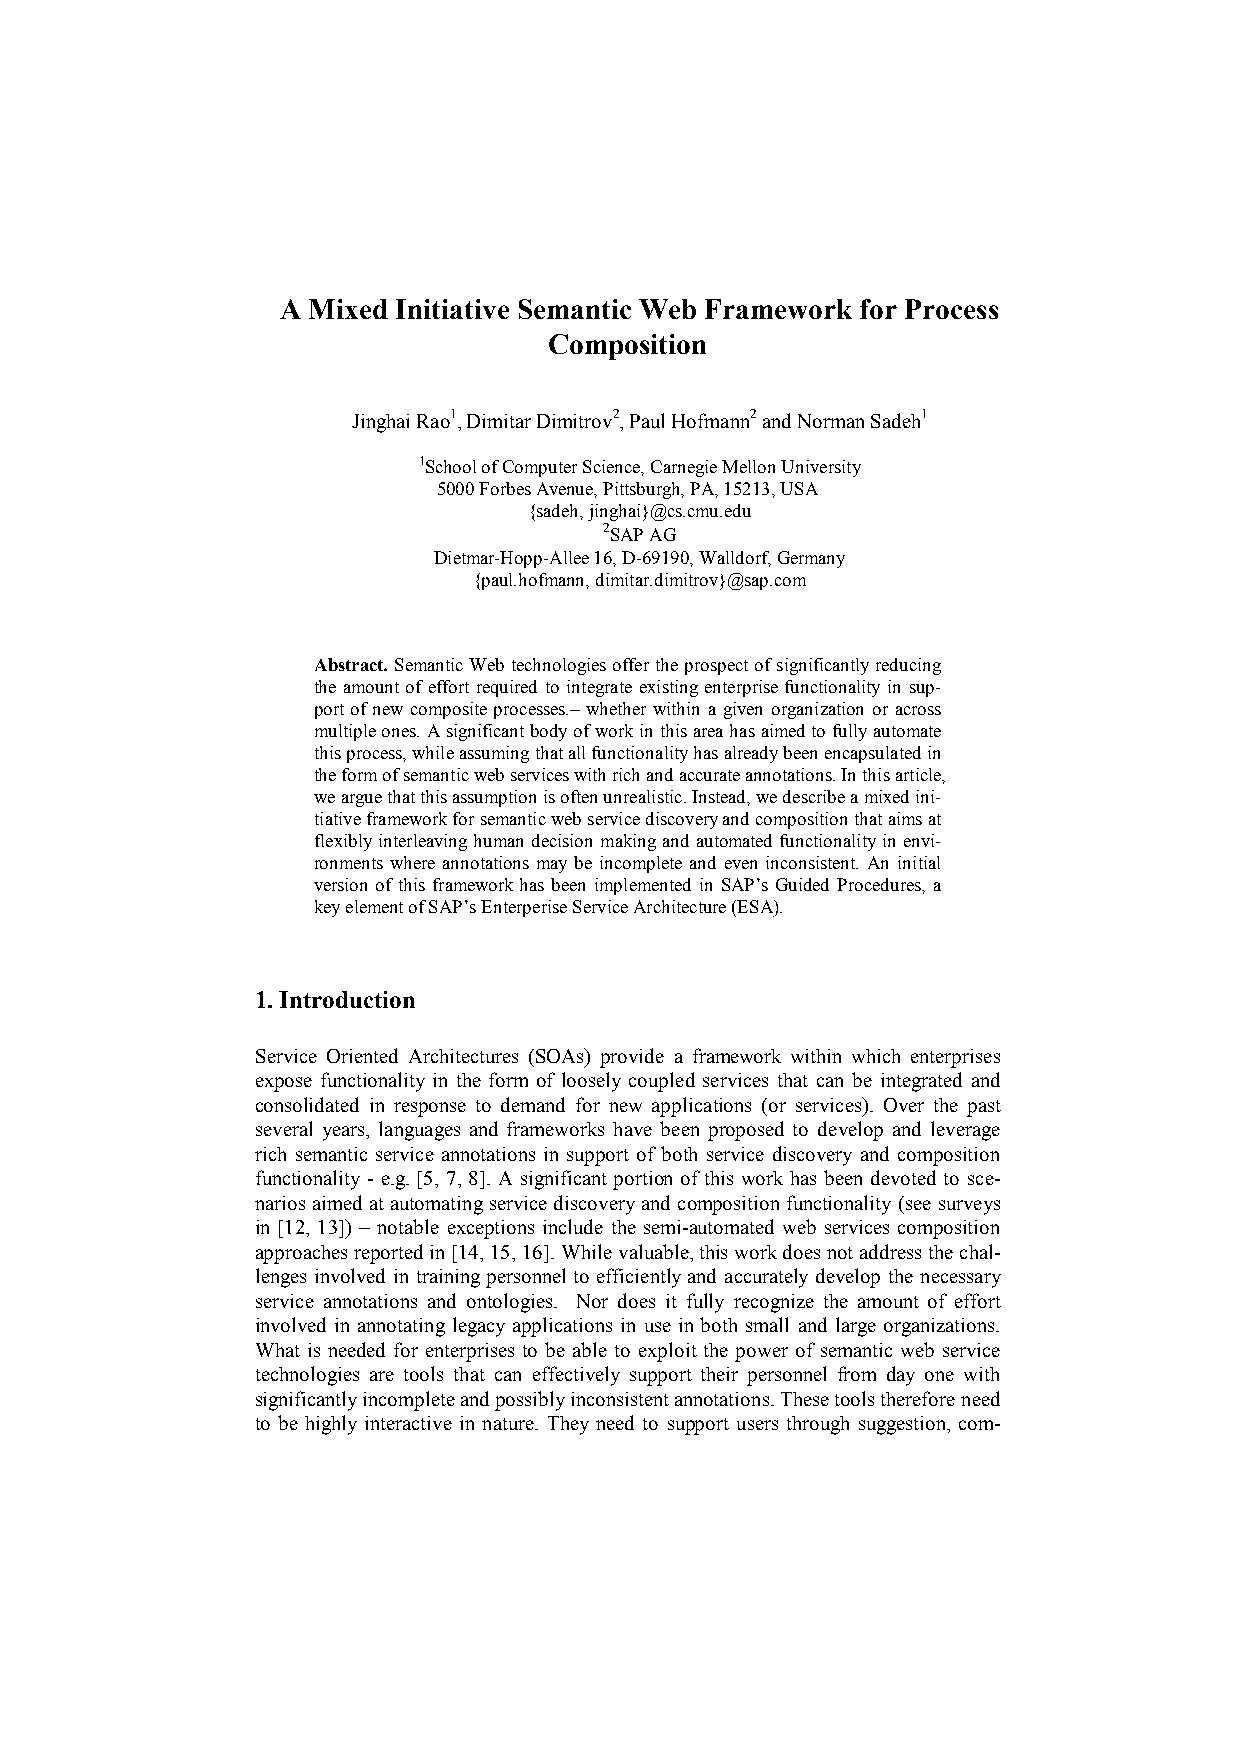
A Mixed Initiative Semantic Web Framework for Process
 Composition
 Jinghai Rao1, Dimitar Dimitrov2, Paul Hofmann2 and Norman Sadeh1
 1School of Computer Science, Carnegie Mellon University
 5000 Forbes Avenue, Pittsburgh, PA, 15213, USA
 {sadeh, jinghai}@cs.cmu.edu
 2SAP AG
 Dietmar-Hopp-Allee 16, D-69190, Walldorf, Germany
 {paul.hofmann, dimitar.dimitrov}@sap.com
 Abstract. Semantic Web technologies offer the prospect of significantly reducing
 the amount of effort required to integrate existing enterprise functionality in sup-
 port of new composite processes.– whether within a given organization or across
 multiple ones. A significant body of work in this area has aimed to fully automate
 this process, while assuming that all functionality has already been encapsulated in
 the form of semantic web services with rich and accurate annotations. In this article,
 we argue that this assumption is often unrealistic. Instead, we describe a mixed ini-
 tiative framework for semantic web service discovery and composition that aims at
 flexibly interleaving human decision making and automated functionality in envi-
 ronments where annotations may be incomplete and even inconsistent. An initial
 version of this framework has been implemented in SAP’s Guided Procedures, a
 key element of SAP’s Enterperise Service Architecture (ESA).
 1. Introduction
 Service Oriented Architectures (SOAs) provide a framework within which enterprises
 expose functionality in the form of loosely coupled services that can be integrated and
 consolidated in response to demand for new applications (or services). Over the past
 several years, languages and frameworks have been proposed to develop and leverage
 rich semantic service annotations in support of both service discovery and composition
 functionality - e.g. [5, 7, 8]. A significant portion of this work has been devoted to sce-
 narios aimed at automating service discovery and composition functionality (see surveys
 in [12, 13]) – notable exceptions include the semi-automated web services composition
 approaches reported in [14, 15, 16]. While valuable, this work does not address the chal-
 lenges involved in training personnel to efficiently and accurately develop the necessary
 service annotations and ontologies. Nor does it fully recognize the amount of effort
 involved in annotating legacy applications in use in both small and large organizations.
 What is needed for enterprises to be able to exploit the power of semantic web service
 technologies are tools that can effectively support their personnel from day one with
 significantly incomplete and possibly inconsistent annotations. These tools therefore need
 to be highly interactive in nature. They need to support users through suggestion, com-